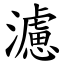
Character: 濾